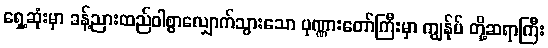
ရှေ့ဆုံးမှာ ခန့်ညားထည်ဝါစွာလျှောက်သွားသော ပုဏ္ဏားတော်ကြီးမှာ ကျွန်ုပ် တို့ဆရာကြီး